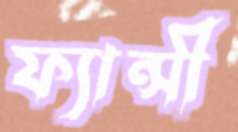
ফ্যান্সী